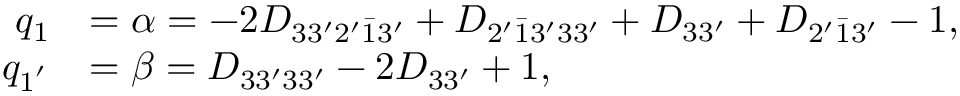
\begin{array} { r l } { q _ { 1 } } & { = \alpha = - 2 { D _ { 3 3 ^ { \prime } 2 ^ { \prime } \bar { 1 } 3 ^ { \prime } } } + { D _ { 2 ^ { \prime } \bar { 1 } 3 ^ { \prime } 3 3 ^ { \prime } } } + { D _ { 3 3 ^ { \prime } } } + { D _ { 2 ^ { \prime } \bar { 1 } 3 ^ { \prime } } } - 1 , } \\ { q _ { 1 ^ { ' } } } & { = \beta = { D _ { 3 3 ^ { \prime } 3 3 ^ { \prime } } } - 2 { D _ { 3 3 ^ { \prime } } } + 1 , } \end{array}